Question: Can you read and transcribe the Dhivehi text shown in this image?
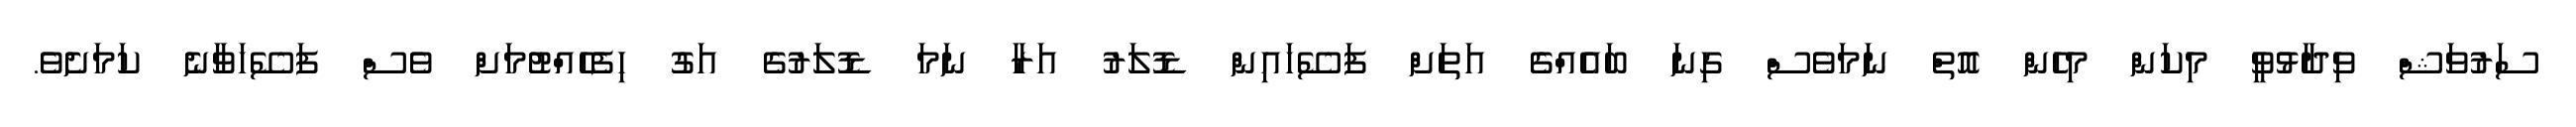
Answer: ސަރުވަޝް ވިދާޅުވީ މިކަން މިހެން އޮތް ނަމަވެސް ގިނަ ބައެއްގެ އަތަށް ފަސޭހައިން ޑޮލަރު އަރާ ނަމަ ޑޮލަރުގެ އަގު ހިފެހެއްޓުމަށް ވެސް ފަސޭހަވާނެ ކަމަށެވެ.